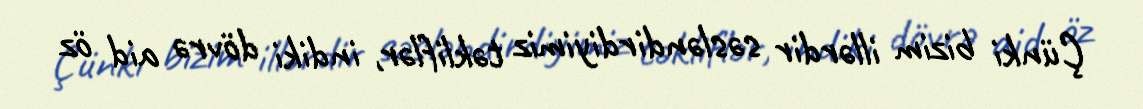
Çünki bizim illərdir səsləndirdiyimiz təkliflər, indiki dövrə aid öz